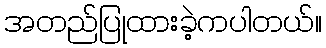
အတည်ပြုထားခဲ့ကပါတယ်။